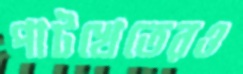
পাটখেতেরও